Calcutta medical institutions reports 1871-78
Year: 1871
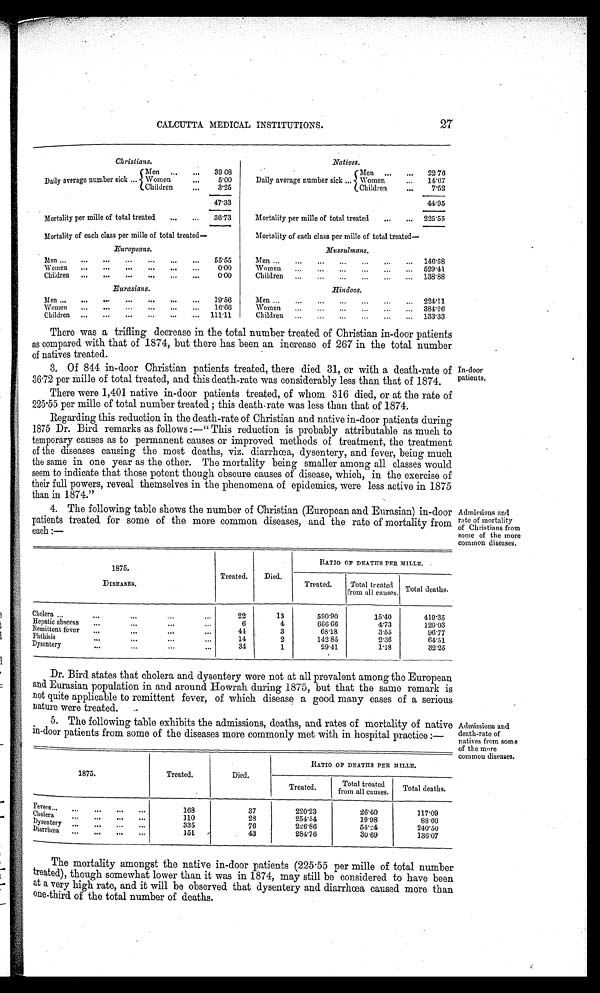
CALCUTTA MEDICAL INSTITUTIONS.
2 7
Christians.
Men
39 08
Daily average number sick
Women
5.00
Children
3.25
47.33
Mortality per mille of total treated
36.73
Mortality of each class per mille of total treated—
Europeans.
55.55
Women
0.00
Children
0.00
Eurasians.
Men
19.56
Women
1 6 . 6 6
Children
111.11
Natives.
M e n 22.76
Daily average number sick
W o m e n 14.67
Children
7.52
44.95
Mortality per mille of total treated
225.55
Mortality of each class per mine of total treated
—
Mussulmans.
Men
146.58
Women
529.41
Children
138.88
H i n d o o s .
Men
224.11
Women
384.26
Children
1 3 3 . 3 3
There was a trifling decrease in the total number treated of Christian in-door patients
as compared with that of 1874, but there has been an increase of 267 in the total number
of natives treated.
3. Of 844 in-door Christian patients treated, there died 31, or with a death-rate of
36.72 per mille of total treated, and this death-rate was considerably less than that of 1874.
There were 1,401 native in-door patients treated, of whom 316 died, or at the rate of
225.55 per mille of total number treated ; this death-rate was less than that of 1874.
Regarding this reduction in the death-rate of Christian and native in-door patients during
1875 Dr. Bird remarks as follows :—" This reduction is probably attributable as much to
temporary causes as to permanent causes or improved methods of treatment, the treatment
of the diseases causing the most deaths, viz. diarrhœa, dysentery, and fever, being much
the same in one year as the other. The mortality being smaller among all classes would
seem to indicate that those potent though obscure causes of disease, which, in the exercise of
their full powers, reveal themselves in the phenomena of epidemics, were less active in 1875
than in 1874."
4. The following table shows the number of Christian (European and Eurasian) in-door
patients treated for some of the more common diseases, and the rate of mortality from
each :—
1875.
DISEASES.
Treated. Died.
RATIO OF DEATHS PER MILLE.
Treated.
Total treated
from all causes. Total deaths.
Cholera
22
13
590.90
15.40
419.35
Hepatic abscess
6
4
666.66
4.73
129.03
Remittent fever
44
3
68.18
3.55
96.77
Phthisis
14
2
142.85
2.36
64.51
Dysentery
34
1
29.41
1.18
32.25
Dr. Bird states that cholera and dysentery were not at all prevalent among the European
and Eurasian population in and around Howrah during 1875, but that the same remark is
not quite applicable to remittent fever, of which disease a good many cases of a serious
nature were treated.
5. The following table exhibits the admissions, deaths, and rates of mortality of native
in-door patients from some of the diseases more commonly met with in hospital practice :—
1875.
Treated.
Died.
RATIO OF DEATHS PER MILLE.
Treated.
Total treated
from all causes. Total deaths.
F e v e r s
168
37
220. 23
26. 40
117. 09
Cholera
110
2 8
251. 54
19. 98
88. 60
D y s e n t e r y
335
76
226. 86
51.24
240. 50
D i a r r h œ a
151
43
284. 76
30.69
136. 07
In-door
patients.
Admissions and
rate of mortality
of Christians from
some of the more
common diseases.
Admissions and
death-rate of
natives from some
of the more
common diseases.
The mortality amongst the native in-door patients (225.55 per mille of total number
t r e a t e d ) , t h o u g h s o m e w h a t l o w e r t h a n i t w a s i n 1 8 7 4 , m a y s t i l l b e c o n s i d e r e d t o h a v e b e e n
at a very high rate, and it will be observed that dysentery and diarrhœa caused more than
o n e - t h i r d o f t h e t o t a l n u m b e r o f d e a t h s .